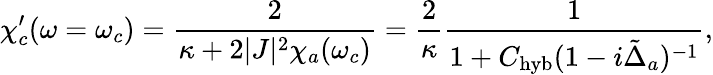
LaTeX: \chi_{c}^{\prime}(\omega=\omega_{c})=\frac{2}{\kappa+2|J|^{2}\chi_{a}(\omega_{c})}=\frac{2}{\kappa}\frac{1}{1+C_{\mathrm{hyb}}(1-i\tilde{\Delta}_{a})^{-1}},